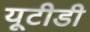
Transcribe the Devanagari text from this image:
यूटीडी